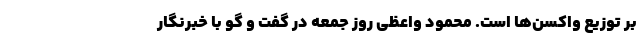
بر توزیع واکسن‌ها است. محمود واعظی روز جمعه در گفت و گو با خبرنگار